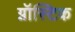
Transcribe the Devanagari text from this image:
ग्नॉस्टिक